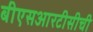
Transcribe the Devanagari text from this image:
बीएसआरटीसीची